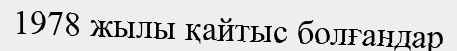
1978 жылы қайтыс болғандар